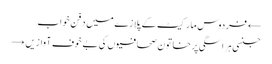
← فردوس مارکیٹ کے پلازے میں دفن خواب
جنسی ہراسگی پر خاتون صحافیوں کی بے خوف آوازیں →